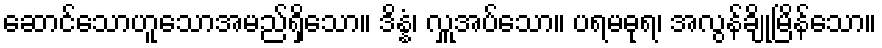
ဆောင်သောဟူသောအမည်ရှိသော။ ဒိန္နံ၊ လှူအပ်သော။ ပရမဓုရ၊ အလွန်ချိုမြိန်သော။